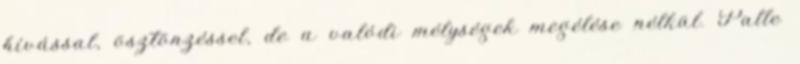
hívással, ösztönzéssel, de a valódi mélységek megélése nélkül. Palle